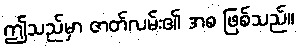
ဤသည်မှာ ဇာတ်လမ်း၏ အစ ဖြစ်သည်။